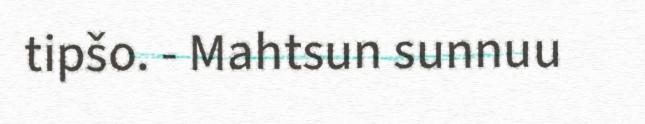
tipšo. - Mahtsun sunnuu